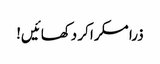
ذرا مسکرا کر دکھائیں!